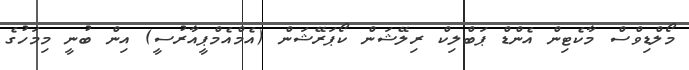
މޯލްޑިވްސް މާކެޓިން އެންޑް ޕަބްލިކް ރިލޭޝަން ކޯޕަރޭޝަން (އެމްއެމްޕީއާރުސީ) އިން ބުނީ މިމަހުގެ